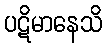
ပဋိမာနေသိ